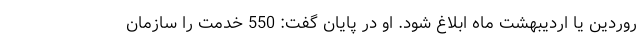
روردین یا اردیبهشت ماه ابلاغ شود. او در پایان گفت: 550 خدمت را سازمان